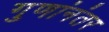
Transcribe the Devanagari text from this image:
गुणांनंतर